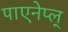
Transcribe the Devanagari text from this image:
पाएनेप्ल्